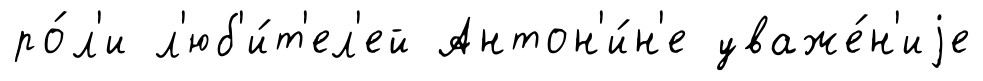
ро́л'и л'юб'и́т'ел'ей Антон'и́н'е уваже́н'иjе